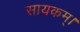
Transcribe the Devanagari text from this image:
सायकम्।